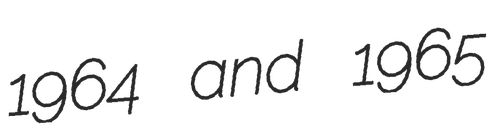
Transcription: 1964 and 1965